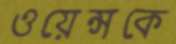
ওয়েন্সকে